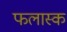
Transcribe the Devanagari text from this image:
फलास्क